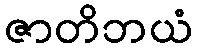
ဇာတိဘယံ